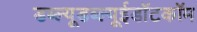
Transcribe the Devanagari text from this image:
डब्ल्यूडब्ल्यूईडॉटकॉम